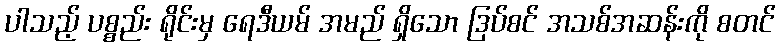
ပါသည့် ပစ္စည်း ရိုင်းမှ ရေဒီယမ် အမည် ရှိသော ဒြပ်စင် အသစ်အဆန်းကို စတင်